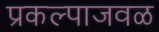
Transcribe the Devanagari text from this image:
प्रकल्पाजवळ